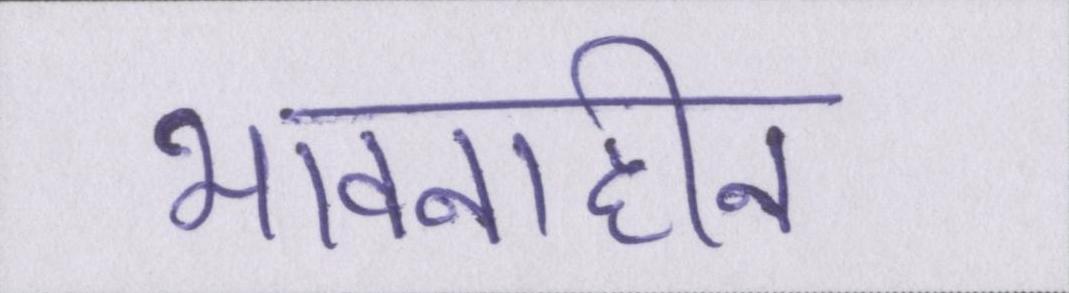
भावनाहीन